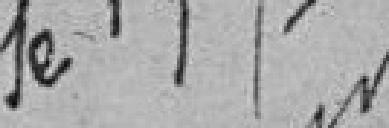
le 19 septembre 1860